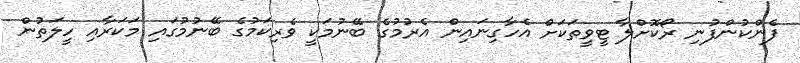
ފެންކުންފުނި ރޯކޮށްލާ ޓީވީތަކަށް އެހާގިނައިން އެރުމުގެ ބޭނުމަކީ ވެރިކަމުގެ ބޭނުމުގައި މަކަރާއި ހީލަތުން